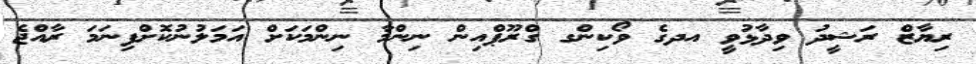
ރިޔާޒް ރަޝީދު ވިދާޅުވީ އދގެ ވޯކިންގ ގްރޫޕްއިން ނިންމާ ނިންމަކަށް އަމަލުނުކޮށްފިނަމަ ރާއްޖެ